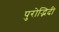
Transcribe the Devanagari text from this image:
पुरोद्भिदी